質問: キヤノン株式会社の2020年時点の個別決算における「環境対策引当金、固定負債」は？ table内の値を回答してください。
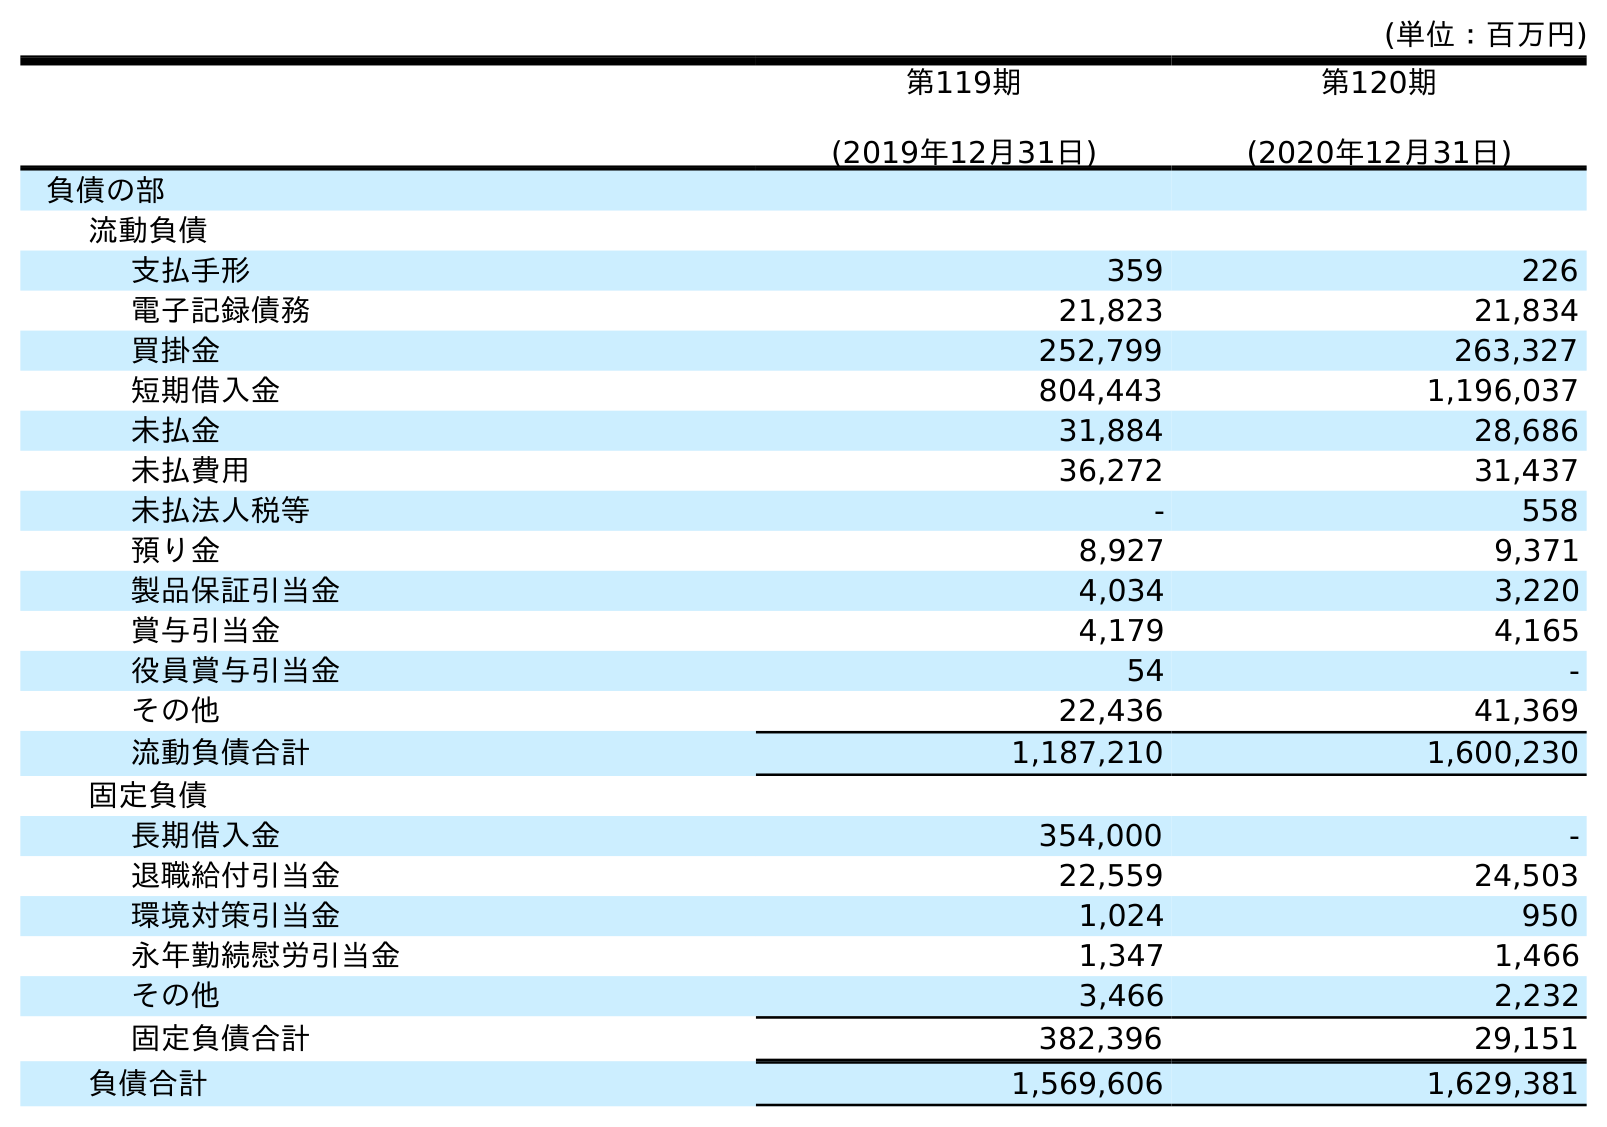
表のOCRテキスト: (単位：百万円) 第119期 (2019年12月31日) 第120期 (2020年12月31日) 負債の部 流動負債 支払手形 359 226 電子記録債務 21,823 21,834 買掛金 252,799 263,327 短期借入金 804,443 1,196,037 未払金 31,884 28,686 未払費用 36,272 31,437 未払法人税等 - 558 預り金 8,927 9,371 製品保証引当金 4,034 3,220 賞与引当金 4,179 4,165 役員賞与引当金 54 - その他 22,436 41,369 流動負債合計 1,187,210 1,600,230 固定負債 長期借入金 354,000 - 退職給付引当金 22,559 24,503 環境対策引当金 1,024 950 永年勤続慰労引当金 1,347 1,466 その他 3,466 2,232 固定負債合計 382,396 29,151 負債合計 1,569,606 1,629,381
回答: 950